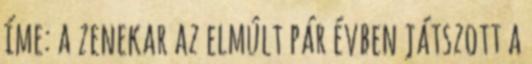
íme: a zenekar az elmúlt pár évben játszott a